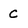
Character: c